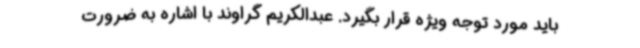
باید مورد توجه ویژه قرار بگیرد. عبدالکریم گراوند با اشاره به ضرورت